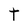
Character: t